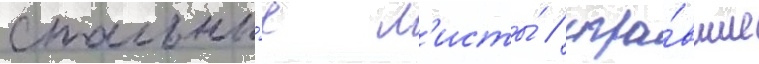
стальны́е л'исты́ / игра́вшие